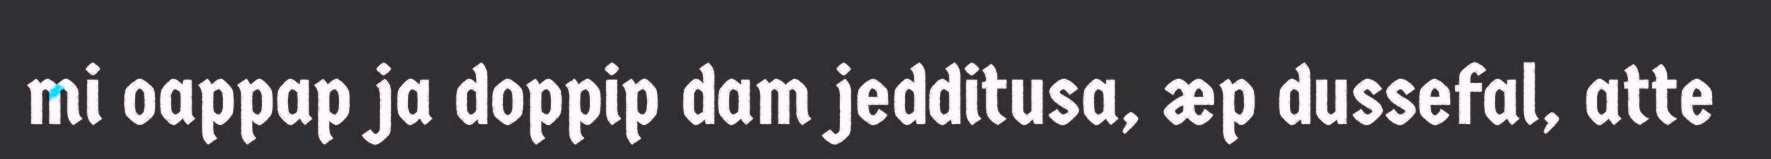
mi oappap ja doppip dam jedditusa, æp dussefal, atte